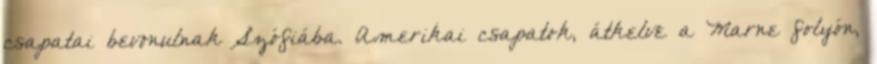
csapatai bevonulnak Szófiába. Amerikai csapatok, átkelve a Marne folyón,